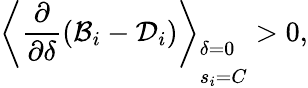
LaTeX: \left\langle\frac{\partial}{\partial\delta}(\mathcal{B}_{i}-\mathcal{D}_{i})\right\rangle_{\begin{array}{l}{\delta=0}\\ {s_{i}=C}\end{array}}>0,